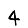
Digit: 4